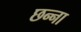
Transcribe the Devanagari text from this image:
छन्ना